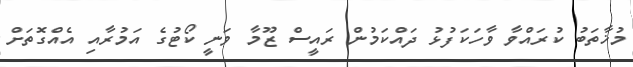
މުޚާތަބު ކުރައްވާ ވާހަކަފުޅު ދައްކަމުން ރައީސް ޒޫމާ ވަނީ ކޯޓުގެ އަމުރާއި އެއްގޮތަށް